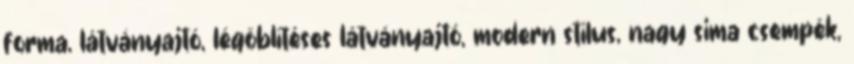
forma, látványajtó, légöblítéses látványajtó, modern stílus, nagy sima csempék,